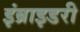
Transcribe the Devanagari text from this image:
इंब्राइडरी